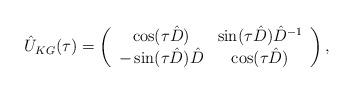
\begin{align*}\hat{U}_{KG}(\tau) = \left(\begin{array}{cc} \cos(\tau\hat{D}) & \sin(\tau\hat{D})\hat{D}^{-1} \\-\sin(\tau\hat{D})\hat{D} & \cos(\tau\hat{D})\end{array}\right),\end{align*}